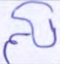
لكم